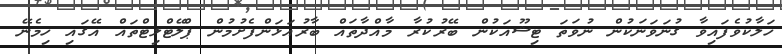
ހަލާކުވެފައިވާ ގުނަވަނަކުން ނުވަތަ ޓިޝޫއަކުން ބޭރުކުރާ މާއްދާތައް ބާރުއަޅަންފެށުމުން ޕްލޭޓްލިޓްތައް އޭގައި ހިމެނޭ